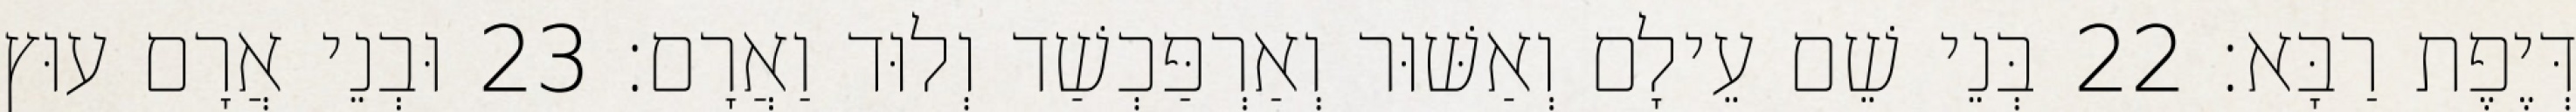
דְּיֶפֶת רַבָּא׃ 22 בְּנֵי שֵׁם עֵילָם וְאַשּׁוּר וְאַרְפַּכְשַׁד וְלוּד וַאֲרָם׃ 23 וּבְנֵי אֲרָם עוּץ